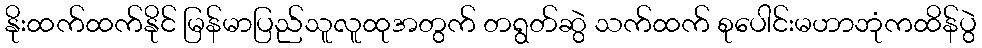
နိုးထက်ထက်နိုင် မြန်မာပြည်သူလူထုအတွက် တရွတ်ဆွဲ သက်ထက် စုပေါင်းမဟာဘုံကထိန်ပွဲ